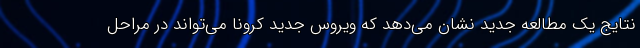
نتایج یک مطالعه جدید نشان می‌دهد که ویروس جدید کرونا می‌تواند در مراحل